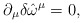
\begin{align*}\partial_{\mu } \delta \hat{\omega}^{\mu} = 0,\end{align*}